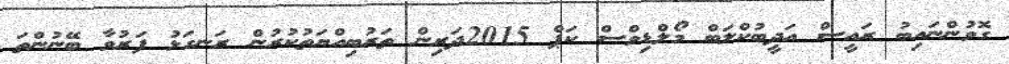
ގޮވުންނައިބު ރައީސް އަދީބުކްލަބް މޯލްޑިވްސް ކަޕް 2015ދަރިން ތަރުބިއްޔަތުކުރުން ރަނގަޅު ފަރުވާ ބޭނުންތަ